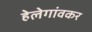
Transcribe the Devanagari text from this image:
हेलेगांवकर